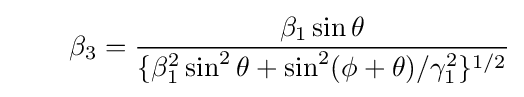
\quad \quad \beta _{3}={\frac {\beta _{1}\sin {\theta }}{\{\beta _{1}^{2}\sin ^{2}{\theta }+\sin ^{2}(\phi +\theta )/\gamma _{1}^{2}\}^{1/2}}}